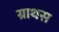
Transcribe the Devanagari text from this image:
ग्राथस